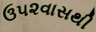
ઉ૫૨વાસથી